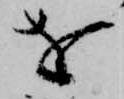
を